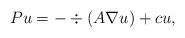
LaTeX: \begin{align*}Pu=-\div(A\nabla u)+cu,\end{align*}